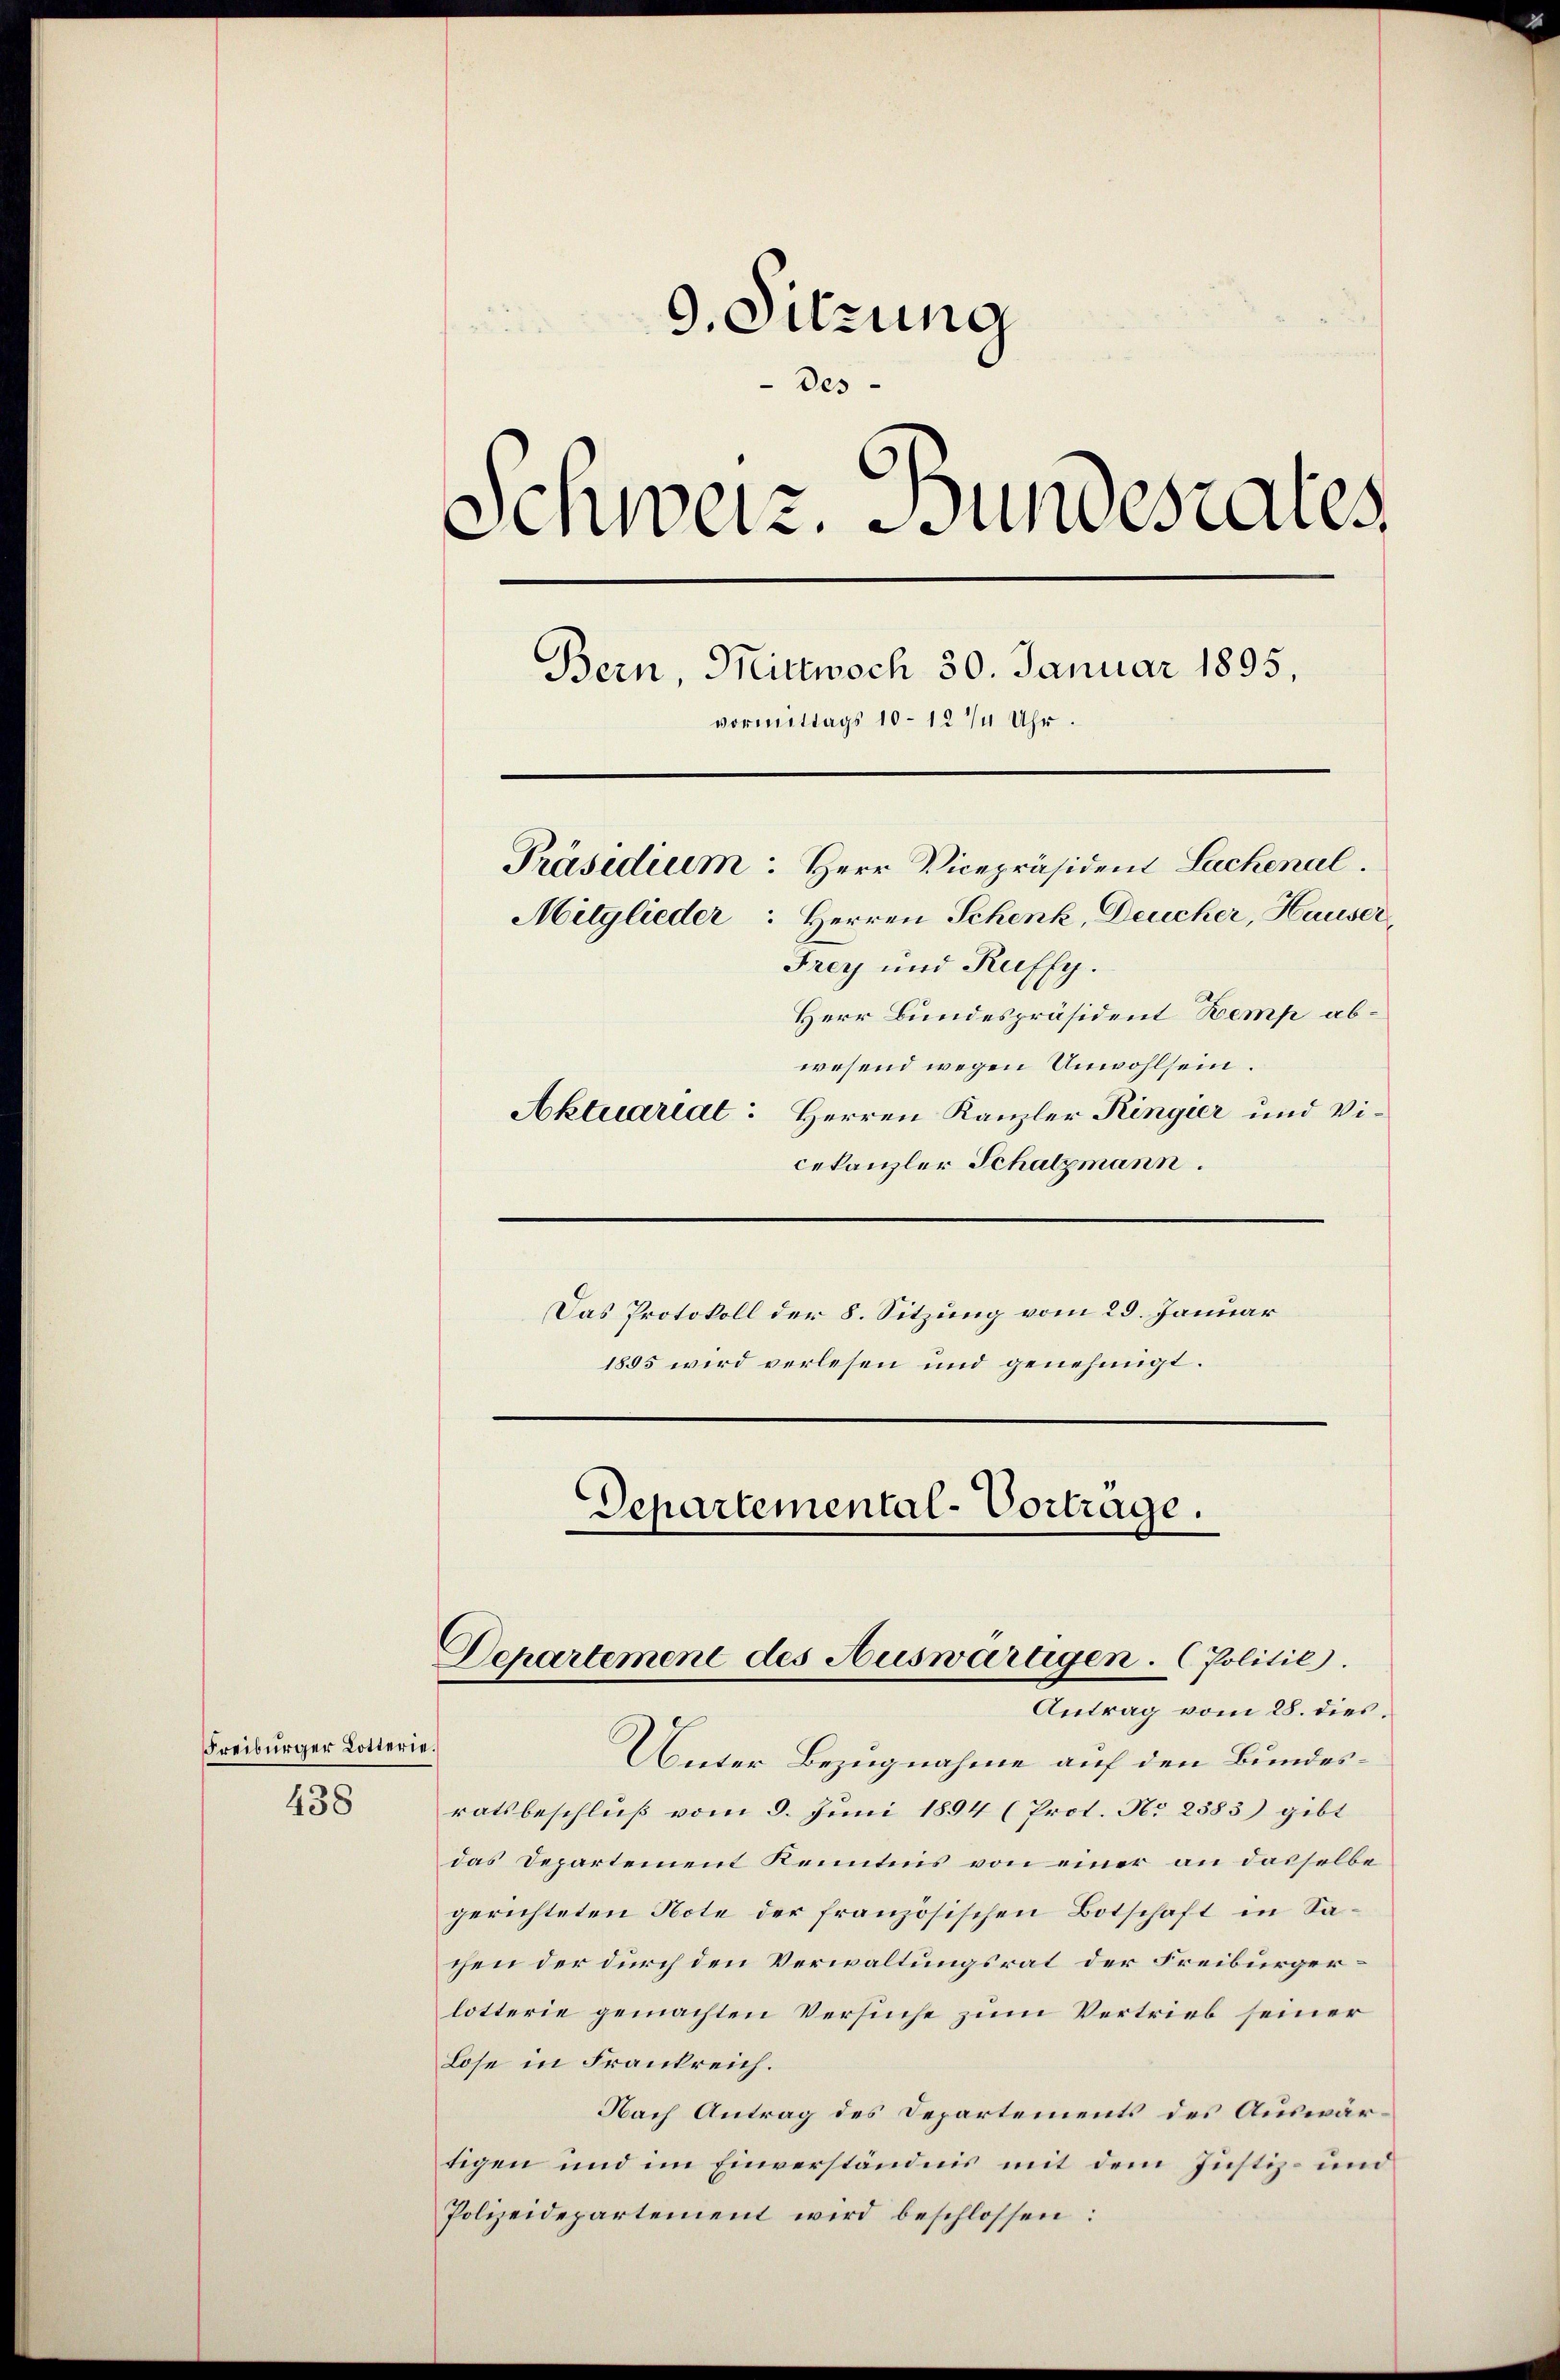
Freiburger Lotterie.

438

9. Sitzung
Des
Schweiz. Bundesrates
Bern, Mittwoch 30. Januar 1895,
vormittags 10–12 1/4 Uhr.
Präsidium: Herr Vicepräsident Lachenal.
Mitglieder: Herren Schenk, Deucher, Hauser,
Frey und Kuffy.
Herr Bundespräsident Kemp abwesend wegen Unwohlsein.
Aktuariat: Herren Kanzler Ringier und Vi¬

cekanzler Schatzmann.
Das Protokoll der 8. Sitzung vom 29. Januar
1855 wird verlesen und genehmigt.

Unter Bezugnahme auf den Bundesratsbeschluß vom 8. Juni 1894 (Prot. No 2383) gibt
das Departement Kenntnis von einer an dasselbe
gerichteten Note der französischen Botschaft in Sachen der durch den Verwaltungsrat der Freiburgerlotterie gemachten Versuche zum Vertrieb seiner
Lose in Frankreich.
Nach Antrag des Departements des Auswärtigen und im Einverständnis mit dem Justiz- und
Polizeidepartement wird beschlossen:

Departemental-Vortrage.
Departement des Auswärtigen. (Politie.
Antrag vom 28. dies